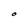
Character: O